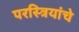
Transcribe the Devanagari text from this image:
परस्त्रियांचे